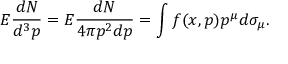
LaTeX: E { \frac { d N } { d ^ { 3 } p } } = E { \frac { d N } { 4 \pi p ^ { 2 } d p } } = \int f ( x , p ) p ^ { \mu } d \sigma _ { \mu } .